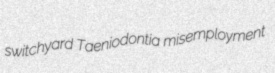
switchyard Taeniodontia misemployment